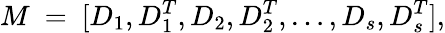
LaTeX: M\ =\ [D_{1},D_{1}^{T},D_{2},D_{2}^{T},\dots,D_{s},D_{s}^{T}],